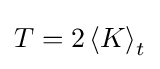
T=2\left\langle K\right\rangle _{t}